Civil Veterinary Department. Central Provinces & Berar 1925-31 - 1925-1931
Year: 1925
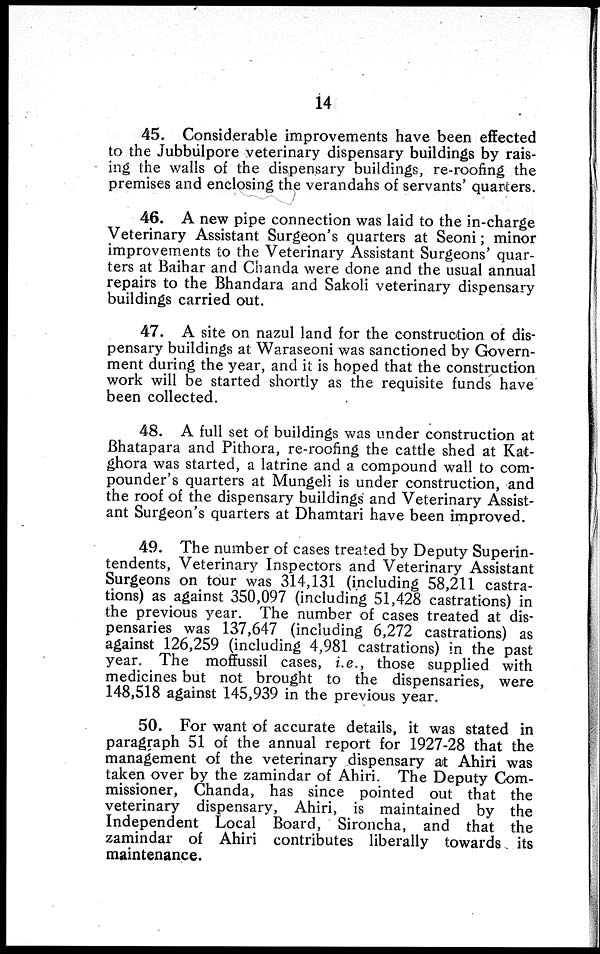
14
45. Considerable improvements have been effected
to the Jubbulpore veterinary dispensary buildings by rais-
ing the walls of the dispensary buildings, re-roofing the
premises and enclosing the verandahs of servants' quarters.
46. A new pipe connection was laid to the in-charge
Veterinary Assistant Surgeon's quarters at Seoni; minor
improvements to the Veterinary Assistant Surgeons' quar-
ters at Baihar and Chanda were done and the usual annual
repairs to the Bhandara and Sakoli veterinary dispensary
buildings carried out.
47. A site on nazul land for the construction of dis-
pensary buildings at Waraseoni was sanctioned by Govern-
ment during the year, and it is hoped that the construction
work will be started shortly as the requisite funds have
been collected.
48. A full set of buildings was under construction at
Bhatapara and Pithora, re-roofing the cattle shed at Kat-
ghora was started, a latrine and a compound wall to com-
pounder's quarters at Mungeli is under construction, and
the roof of the dispensary buildings and Veterinary Assist-
ant Surgeon's quarters at Dhamtari have been improved.
49. The number of cases treated by Deputy Superin-
tendents, Veterinary Inspectors and Veterinary Assistant
Surgeons on tour was 314,131 (including 58,211 castra-
tions) as against 350,097 (including 51,428 castrations) in
the previous year. The number of cases treated at dis-
pensaries was 137,647 (including 6,272 castrations) as
against 126,259 (including 4,981 castrations) in the past
year. The moffussil cases, i.e., those supplied with
medicines but not brought to the dispensaries, were
148,518 against 145,939 in the previous year.
50. For want of accurate details, it was stated in
paragraph 51 of the annual report for 1927-28 that the
management of the veterinary dispensary at Ahiri was
taken over by the zamindar of Ahiri. The Deputy Com-
missioner, Chanda, has since pointed out that the
veterinary dispensary, Ahiri, is maintained by the
Independent Local Board, Sironcha, and that the
zamindar of Ahiri contributes liberally towards its
maintenance.